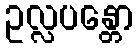
ဥလ္လပန္တော